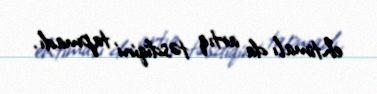
ehtimalı da artıq təsdiqini tapmadı.